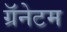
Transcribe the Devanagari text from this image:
ग्रॅनेटम